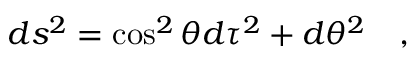
d s ^ { 2 } = \cos ^ { 2 } \theta d \tau ^ { 2 } + d \theta ^ { 2 } ~ ~ ~ ,